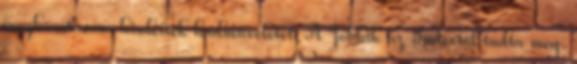
megbénítására hirdettek hadműveletet. A Jobbik az Indextől tudta meg.